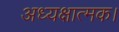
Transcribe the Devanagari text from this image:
अध्यक्षात्मक।